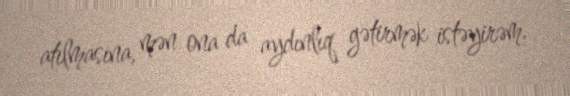
atılmasına, mən ona da aydınlıq gətirmək istəyirəm.